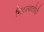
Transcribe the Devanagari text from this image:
मिटल्यातोंडी